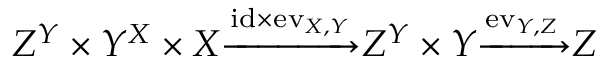
Z ^ { Y } \times Y ^ { X } \times X { \xrightarrow { \mathrm { i d } \times \mathrm { e v } _ { X , Y } } } Z ^ { Y } \times Y { \xrightarrow { \mathrm { e v } _ { Y , Z } } } Z